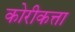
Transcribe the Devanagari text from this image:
कोरीकत्ता